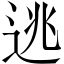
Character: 逃